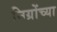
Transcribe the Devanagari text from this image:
निग्रोंच्या